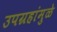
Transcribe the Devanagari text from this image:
उपग्रहांमुळे